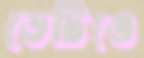
ডেটিঙে